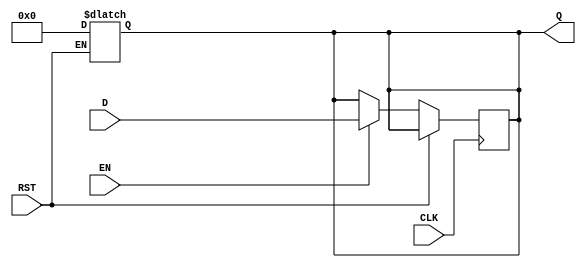
module OutputRegister #(
    parameter WIDTH = 8  // Parameter for the width of the register (default is 8 bits)
)(
    input wire [WIDTH-1:0] D,   // Data input
    input wire CLK,              // Clock input
    input wire RST,              // Reset input
    input wire EN,               // Enable input
    output reg [WIDTH-1:0] Q     // Data output
);

// Asynchronous reset behavior
always @* begin
    if (RST) begin
        Q = {WIDTH{1'b0}}; // Reset output to 0
    end
end

// Synchronous capturing of data on clock edge
always @(posedge CLK) begin
    if (!RST) begin
        if (EN) begin
            Q <= D; // Capture input data if enabled
        end
        // If EN is not asserted, retain previous value of Q
    end
end

endmodule